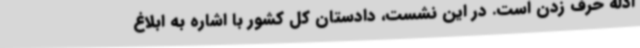
ادله حرف زدن است. در این نشست، دادستان کل کشور با اشاره به ابلاغ